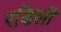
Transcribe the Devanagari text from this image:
रक्षिली